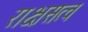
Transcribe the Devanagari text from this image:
राक्षसत्व